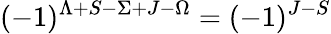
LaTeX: (-1)^{\Lambda+S-\Sigma+J-\Omega}=(-1)^{J-S}